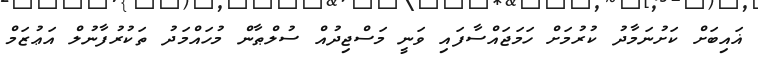
ޣައިބަށް ކަށުނަމާދު ކުރުމަށް ހަމަޖައްސާފައި ވަނީ މަސްޖިދުއް ސުލްޠާން މުހައްމަދު ތަކުރުފާނުލް އަޢުޒަމް